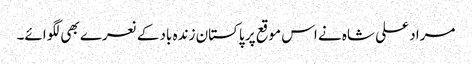
مراد علی شاہ نے اس موقع پر پاکستان زندہ باد کے نعرے بھی لگوائے۔